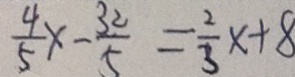
\frac { 4 } { 5 } x - \frac { 3 2 } { 5 } = \frac { 2 } { 3 } x + 8